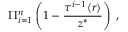
\Pi _ { i = 1 } ^ { n } \left( 1 - \frac { \tau ^ { i - 1 } ( r ) } { z ^ { * } } \right) \; ,